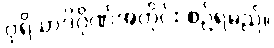
ပုရိသာဒိဂိုဏ်အတိုင်း စဉ်ရမည်။